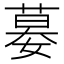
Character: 𡠜